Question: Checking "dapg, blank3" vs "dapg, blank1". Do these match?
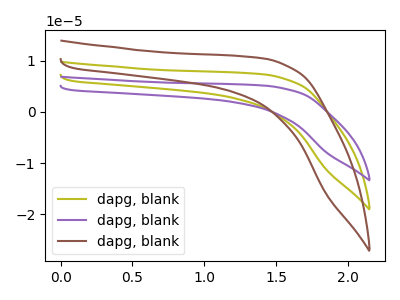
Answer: <think>The olive curve "dapg, blank1" has no peaks. The purple curve "dapg, blank2" has no peaks. The brown curve "dapg, blank3" has no peaks.
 Neither "dapg, blank3" or "dapg, blank1" have any peaks.</think>
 <answer>"dapg, blank3" and "dapg, blank1" are similar in shape.</answer>
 <eval>same_shape</eval>